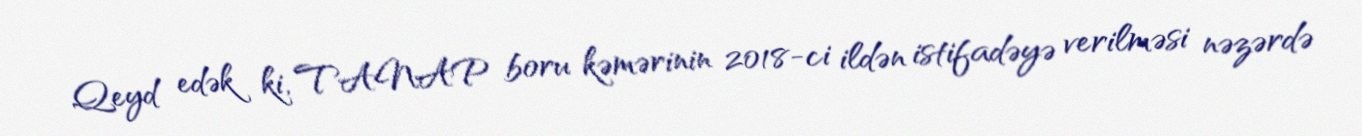
Qeyd edək ki, TANAP boru kəmərinin 2018-ci ildən istifadəyə verilməsi nəzərdə